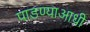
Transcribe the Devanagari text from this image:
पाडण्याआधी